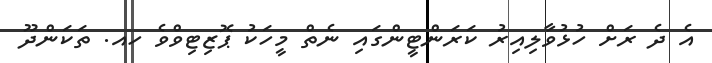
އެ ދެ ރަށް ހުޅުވާލިއިރު ކަރަންޓީންގައި ނެތް މީހަކު ޕޮޒިޓިވްވެ ހއ. ތަކަންދޫ